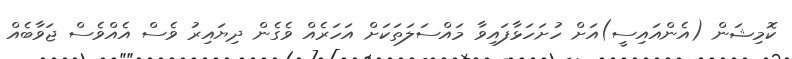
ކޮމިޝަން (އެންއައިސީ)އަށް ހުށަހަޅާފައިވާ މައްސަލަތަކަށް އަހަރެއް ވެގެން ދިޔައިރު ވެސް އެއްވެސް ޖަވާބެއް